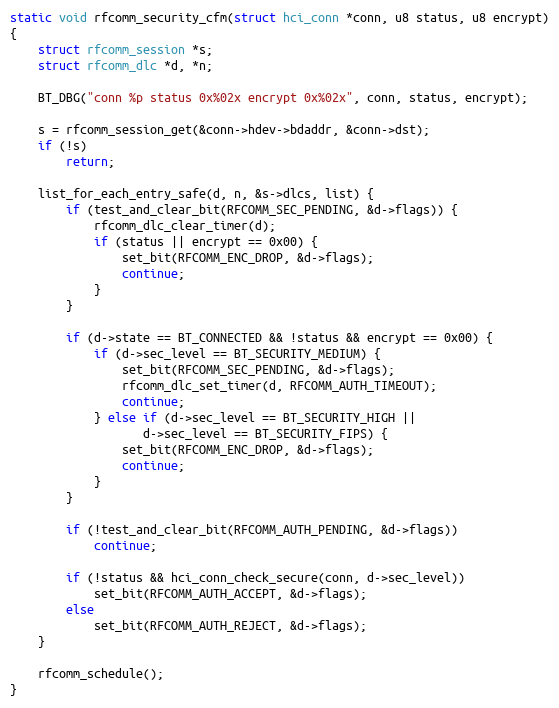
Language: C
static void rfcomm_security_cfm(struct hci_conn *conn, u8 status, u8 encrypt)
{
	struct rfcomm_session *s;
	struct rfcomm_dlc *d, *n;

	BT_DBG("conn %p status 0x%02x encrypt 0x%02x", conn, status, encrypt);

	s = rfcomm_session_get(&conn->hdev->bdaddr, &conn->dst);
	if (!s)
		return;

	list_for_each_entry_safe(d, n, &s->dlcs, list) {
		if (test_and_clear_bit(RFCOMM_SEC_PENDING, &d->flags)) {
			rfcomm_dlc_clear_timer(d);
			if (status || encrypt == 0x00) {
				set_bit(RFCOMM_ENC_DROP, &d->flags);
				continue;
			}
		}

		if (d->state == BT_CONNECTED && !status && encrypt == 0x00) {
			if (d->sec_level == BT_SECURITY_MEDIUM) {
				set_bit(RFCOMM_SEC_PENDING, &d->flags);
				rfcomm_dlc_set_timer(d, RFCOMM_AUTH_TIMEOUT);
				continue;
			} else if (d->sec_level == BT_SECURITY_HIGH ||
				   d->sec_level == BT_SECURITY_FIPS) {
				set_bit(RFCOMM_ENC_DROP, &d->flags);
				continue;
			}
		}

		if (!test_and_clear_bit(RFCOMM_AUTH_PENDING, &d->flags))
			continue;

		if (!status && hci_conn_check_secure(conn, d->sec_level))
			set_bit(RFCOMM_AUTH_ACCEPT, &d->flags);
		else
			set_bit(RFCOMM_AUTH_REJECT, &d->flags);
	}

	rfcomm_schedule();
}